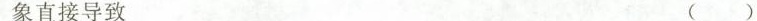
象直接导致 ( )